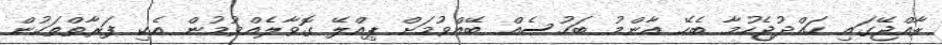
ރާއްޖޭގައި ހައްދުޖެހުމާ ބެހޭ އާންމު ބަހުސެއް ބޭއްވުމަށް ޕިއްލޭ ގޮވާލެއްވުމުން އެކި ފަރާތްތަކުން